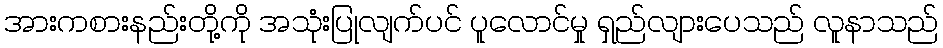
အားကစားနည်းတို့ကို အသုံးပြုလျက်ပင် ပူလောင်မှု ရှည်လျားပေသည် လူနာသည်